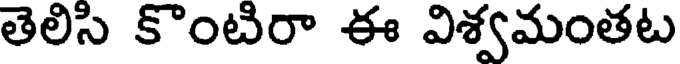
తెలిసి కొంటిరా ఈ విశ్వమంతట